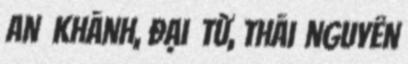
an khánh, đại từ, thái nguyên